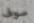
سوف